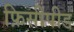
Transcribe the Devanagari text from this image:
फ़िसीपीड